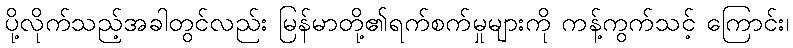
ပို့လိုက်သည့်အခါတွင်လည်း မြန်မာတို့၏ရက်စက်မှုများကို ကန့်ကွက်သင့် ကြောင်း၊